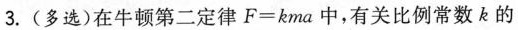
3.（多选）在牛顿第二定律F = k m a$$中，有关比例常数k的